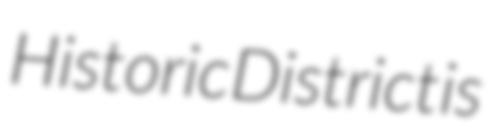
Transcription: Historic District is